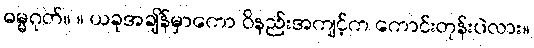
ဓမ္မဂုတ်။ ။ ယခုအချိန်မှာကော ဝိနည်းအကျင့်က ကောင်းတုန်းပဲလား။